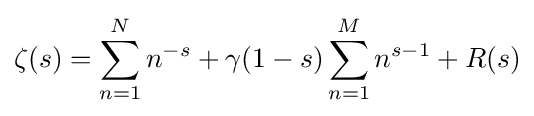
\zeta (s)=\sum _{n=1}^{N}n^{-s}+\gamma (1-s)\sum _{n=1}^{M}n^{s-1}+R(s)